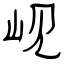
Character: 岘